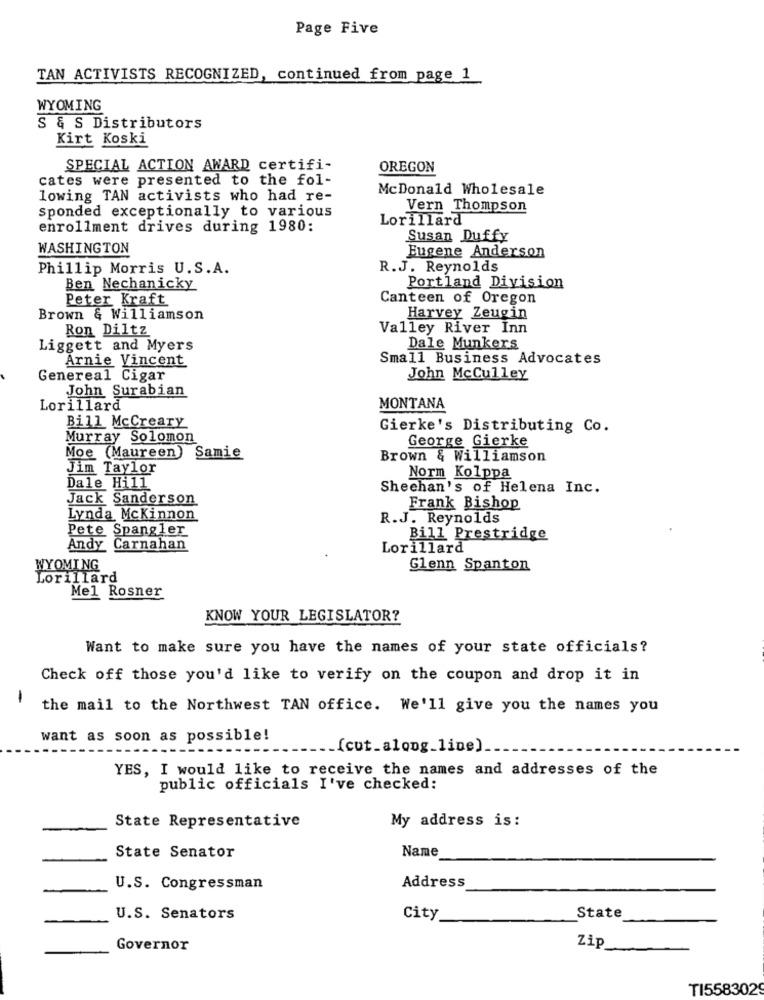
Page Five
TAN ACTIVISTS RECOGNIZED, continued from page 1
WYOMING
S & S Distributors
Kirt Koski
SPECIAL ACTION AWARD certifi-
OREGON
cates were presented to the fol-
McDonald Wholesale
lowing TAN activists who had re-
Sponded exceptionally to various
Vern Thompson
Lorillard
enrollment drives during 1980:
Susan Duffy
WASHINGTON
Eugene Anderson
Phillip Morris U.S.A.
R.J. Reynolds
Ben Nechanicky
Portland Division
Peter Kraft
Canteen of Oregon
Brown & Williamson
Harvey Zeugin
Ron Diltz
Valley River Inn
Liggett and Myers
Dale Munkers
Small Business Advocates
Arnie Vincent
Genereal Cigar
John McCulley
John Surabian
Lorillard
MONTANA
Bill McCreary
Gierke's Distributing Co.
Murray Solomon
George Gierke
Moe (Maureen) Samie
Brown & Williamson
Jim Taylor
Norm Kolppa
Dale Hill
Sheehan's of Helena Inc.
Jack Sanderson
Frank Bishop
Lynda Mckinnon
R.J. Reynolds
Pete Spangler
Bill Prestridge
Andy Carnahan
Lorillard
WYOMING
Glenn Spanton
Lorillard
Mel Rosner
KNOW YOUR LEGISLATOR?
Want to make sure you have the names of your state officials?
Check off those you'd like to verify on the coupon and drop it in
1
the mail to the Northwest TAN office. We'll give you the names you
want as soon as possible!
._ (cut_along_line).
YES, I would like to receive the names and addresses of the
public officials I've checked:
State Representative
My address is:
Name
State Senator
Address
U.S. Congressman
U.S. Senators
City
State
Governor
Zip
TI558302